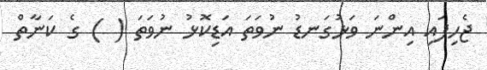
ޖެހިފައި އިންނަ ވަޅުގަނޑު ނުވަތަ އަޑިކޮޅު ނުވަތަ ( ) ގެ ކަނާތް